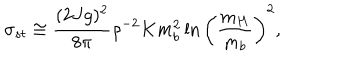
\sigma _ { s t } \cong { \frac { ( 2 J g ) ^ { 2 } } { 8 \pi } } \rho ^ { - 2 } K m _ { b } ^ { 2 } \ln \left( { \frac { m _ { H } } { m _ { b } } } \right) ^ { 2 } ,